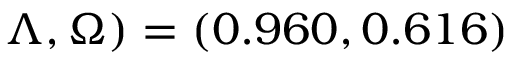
\Lambda , \Omega ) = ( 0 . 9 6 0 , 0 . 6 1 6 )